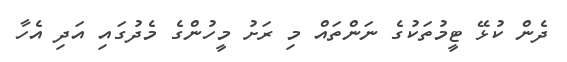
ދެން ކުޅޭ ޓީމުތަކުގެ ނަންތަައް މި ރަށު މީހުންގެ މެދުގައި އަދި އެހާ